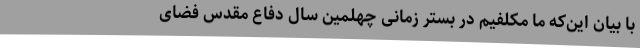
با بیان این‌که ما مکلفیم در بستر زمانی چهلمین سال دفاع مقدس فضای